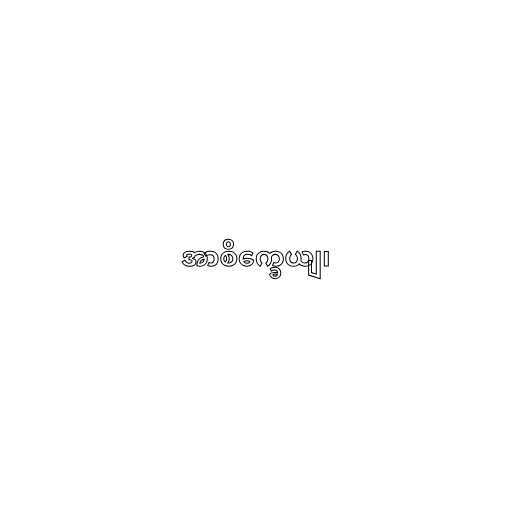
အာစိက္ခေယျ၊